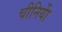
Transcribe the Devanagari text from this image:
चीनियाें